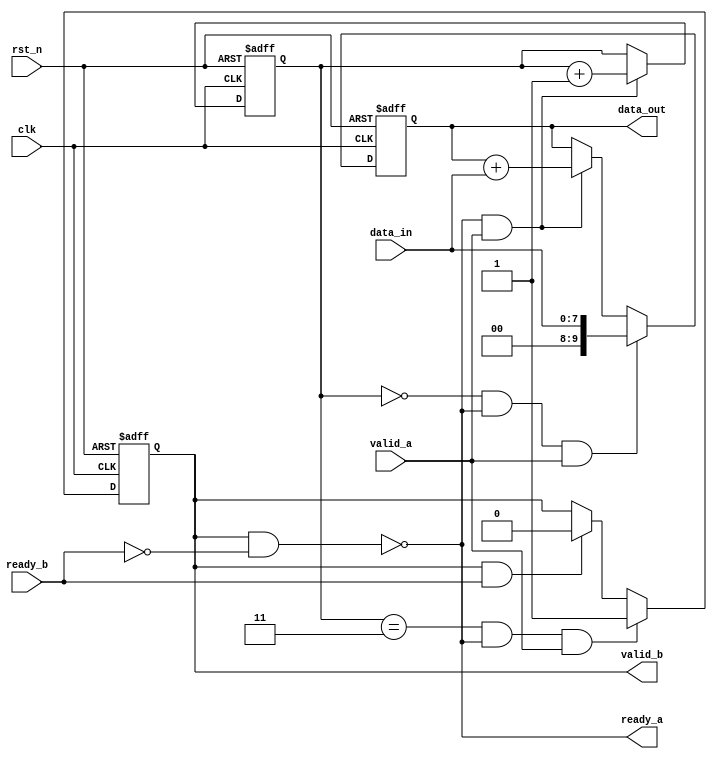
//valid_aready_a
//valid_b
//valid_bready_bready_a
//read_bvalid_bvalid_b

`timescale 1ns/1ns

module valid_ready(
	input 				clk 		,   
	input 				rst_n		,
	input		[7:0]	data_in		,
	input				valid_a		,
	input	 			ready_b		,
 
 	output		 		ready_a		,
 	output	reg			valid_b		,
	output  reg [9:0] 	data_out
);
//valid_adata_invalid_bdata_out
//ready_aready_b

reg [1:0] cnt;

always @(posedge clk or negedge rst_n)
begin
if(!rst_n)
cnt<=0;
else if(ready_a&&valid_a) //
cnt<=cnt+1;
end

assign ready_a=!(valid_b&&!ready_b);//ready_a


always @(posedge clk or negedge rst_n)
begin
if(!rst_n)
data_out<=0;
else if(cnt==0&&ready_a&&valid_a)//
data_out<=data_in;
else if(ready_a&&valid_a)
data_out<=data_out+data_in;//
end

always @(posedge clk or negedge rst_n)
begin
if(!rst_n)
valid_b<=0;
else if(cnt==3&&ready_a&&valid_a)//
valid_b<=1;
else if(valid_b&&ready_b)//
valid_b<=0;
end


endmodule